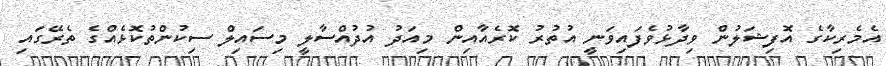
އެމެރިކާގެ އޮފިޝަލުން ވިދާޅުވެފައިވަނީ އުތުރު ކޮރެއާއިން މިއަދު އުދުއްސާލީ މިސައިލް ސިކުންތުކޮޅެއްގެ ތެރޭގައި